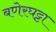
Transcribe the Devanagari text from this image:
बणेरघट्टा